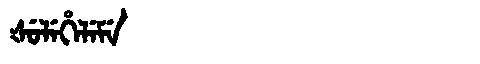
Manchu: ᡧᡠᠯᡝᡥᡝᠯᡝᠮᡝ
Romanization: ŠULEHELEME